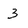
Character: 3